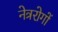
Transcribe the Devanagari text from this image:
नेत्ररोगों